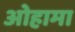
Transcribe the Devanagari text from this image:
ओहामा